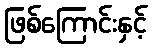
ဖြစ်ကြောင်းနှင့်